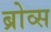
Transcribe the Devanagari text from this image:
ब्रोव्स